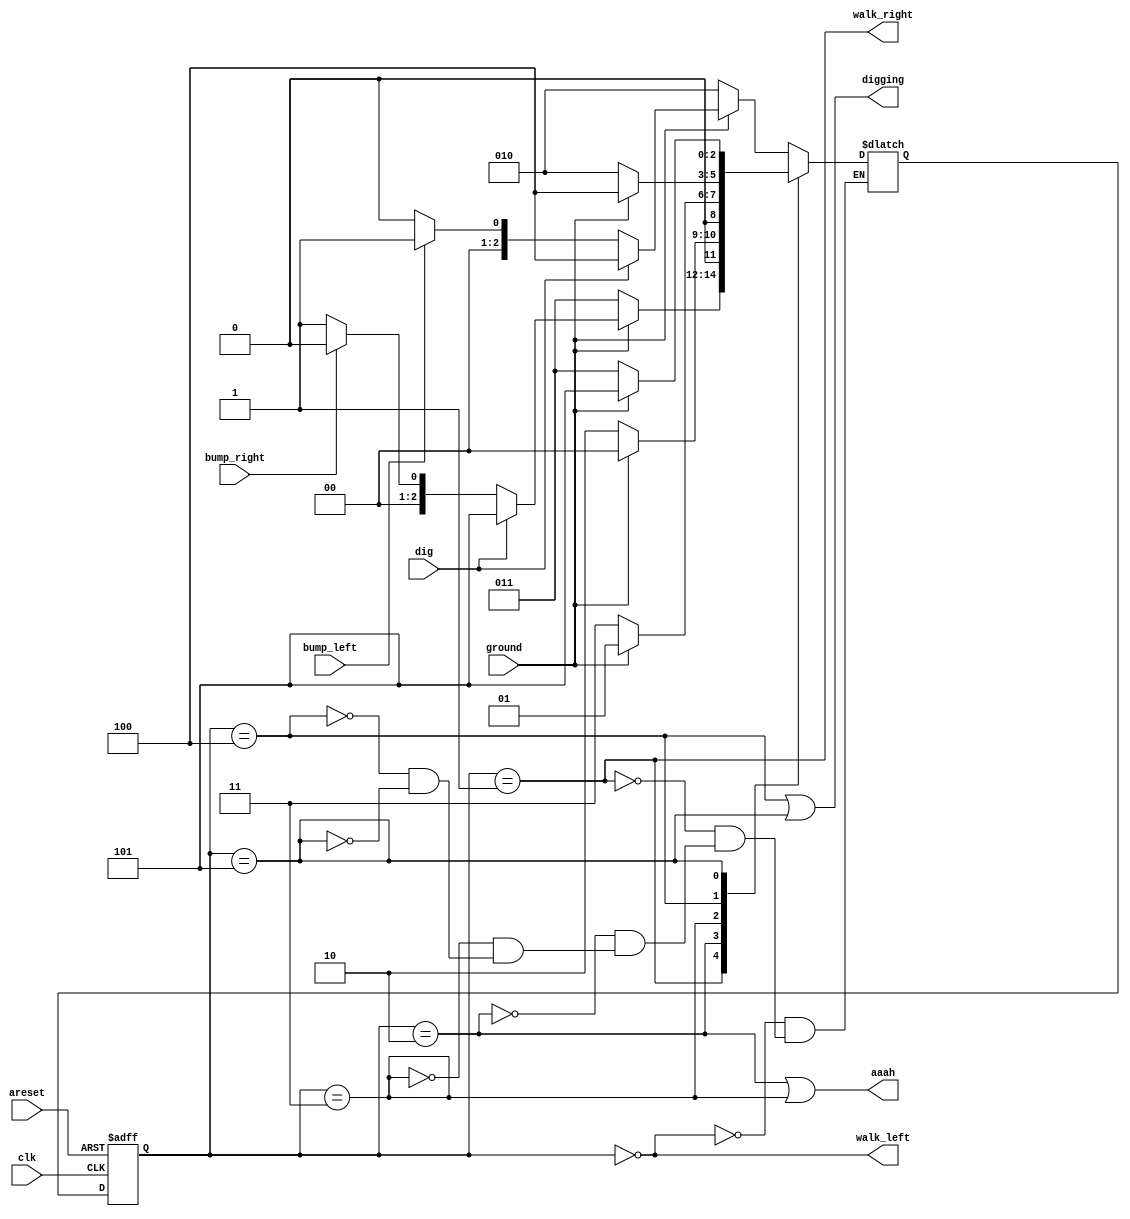
/* 28-06-2021 MON

Problem statement : 
In addition to walking and falling, Lemmings can sometimes be told to do useful things, like dig (it starts digging when dig=1). 
A Lemming can dig if it is currently walking on ground (ground=1 and not falling), and will continue digging until it reaches the other side (ground=0). 
At that point, since there is no ground, it will fall (aaah!), then continue walking in its original direction once it hits ground again.
As with falling, being bumped while digging has no effect, and being told to dig when falling or when there is no ground is ignored.

(In other words, a walking Lemming can fall, dig, or switch directions.
If more than one of these conditions are satisfied, fall has higher precedence than dig, which has higher precedence than switching directions.)

Extend your finite state machine to model this behaviour.

bump ignored   */


module top_module(
    input clk,
    input areset,    // Freshly brainwashed Lemmings walk left.
    input bump_left,
    input bump_right,
    input ground,
    input dig,
    output walk_left,
    output walk_right,
    output aaah,
    output digging ); 
    
    parameter LEFT = 0, RIGHT = 1, LEFTAH=2, RIGHTAH=3,LEFTDIG=4,RIGHTDIG=5;
    reg [2:0] state, next_state;
    
    //state-transitions
    
    always @(*) begin
        case(state)
                LEFT:   begin
                            if(ground) begin
                                if(dig) begin
                                    next_state = LEFTDIG;
                                end
                                else
                                    next_state = (bump_left) ? RIGHT : LEFT;
                            end
                         else
                             next_state = LEFTAH;
                         end
            
                RIGHT:   begin
                             if(ground) begin
                                 if(dig) begin
                                     next_state = RIGHTDIG;
                                 end
                                 else next_state = (bump_right) ? LEFT : RIGHT;
                             end
                             else next_state = RIGHTAH;
                         end
                        
          
                LEFTAH:  begin
                             if(ground) begin
                                   next_state = LEFT;
                                 end
                          else
                                 next_state = LEFTAH;
                         end
               
                RIGHTAH:  begin
                             if(ground) begin
                                   next_state = RIGHT;
                                 end
                          else
                                 next_state = RIGHTAH;
                         end
                
                LEFTDIG:  begin
                             if(ground)
                                 next_state = LEFTDIG;
                          else next_state = LEFTAH;
                end
               
                RIGHTDIG:   begin
                             if(ground)
                                 next_state = RIGHTDIG;
                          else next_state = RIGHTAH;
                               end
        endcase
                
        
    end
    
    //state flip-flops
    always @(posedge clk, posedge areset) begin
        if(areset) state <= LEFT;
         else state <= next_state;
    end
    
    //output  logic
            assign walk_left = (state == LEFT);
            assign walk_right = (state == RIGHT);
            assign aaah = (state == LEFTAH) || (state == RIGHTAH);
            assign digging = (state == LEFTDIG) || (state == RIGHTDIG);
endmodule